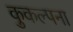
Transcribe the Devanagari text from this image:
कुकल्पना